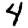
Digit: 4